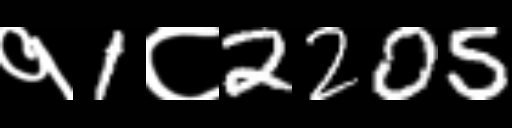
Text: १1८2205